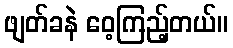
ဖျတ်ခနဲ ဝေ့ကြည့်တယ်။